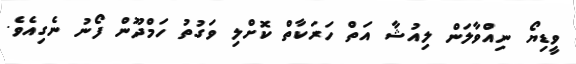
ވީޑިޔޯ ނިއްވާލަން ލިއުޝާ އަތް ހަރަކާތް ކޮށްލި ވަގުތު ހަމްދޫން ފޯނު ނެގިއެވެ.